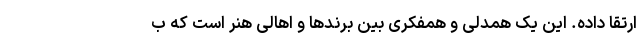
ارتقا داده. این یک همدلی و همفکری بین برندها و اهالی هنر است که ب